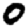
Digit: 0